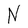
Character: N